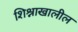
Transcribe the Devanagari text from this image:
शिश्नाखालील